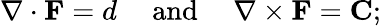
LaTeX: \nabla\cdot\mathbf{F}=d\quad{\mathrm{~and~}}\quad\nabla\times\mathbf{F}=\mathbf{C};